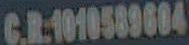
C.R.1010589604